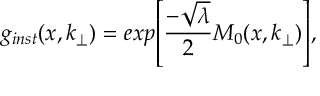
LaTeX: g _ { i n s t } ( x , k _ { \perp } ) = e x p { \left[ \frac { - \sqrt { \lambda } } { 2 } M _ { 0 } ( x , k _ { \perp } ) \right] } ,